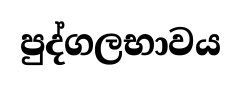
පුද්ගලභාවය